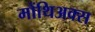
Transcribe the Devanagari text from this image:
मोंथिअक्स